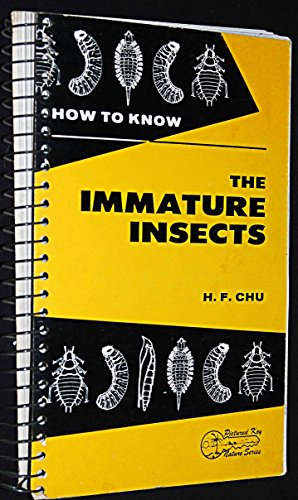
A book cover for How to Know the Immature Insects; H.F. Chu; Sports & Outdoors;